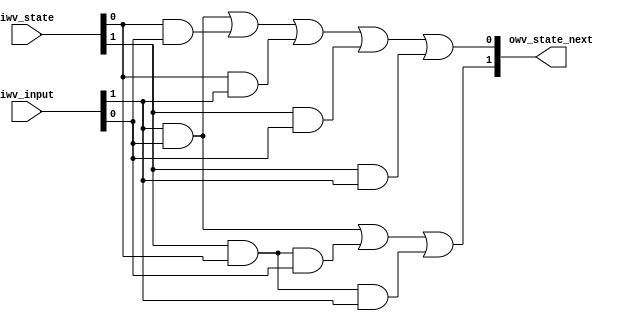
//===================================================
//
// Carry Statuses propagation function.
//
// C - Carry, S - Sum
// Input carry Statuses: 
// C S
// -----------------
// 0 0 - k  Kill
// 0 1 - p  Propagate
// 1 0 - p  Propagate
// 1 1 - g  Generate
//
// Output carry Statuses
// C S
// -----------------
// 0 0 - k  Kill
// 0 1 - p  Propagate
// 1 1 - g  Generate
//
//             | k p g <- Input
//           --|-------
// State -> *k | k k g
//           p | k p g
//           g | k g(g) <- impossible state transition
//
//
//===================================================
module __AddrCarryLookAheadCSPFunction
	(
	input [1:0] iwv_state,
	input [1:0] iwv_input,
	output [1:0] owv_state_next
	);
	
assign owv_state_next[0] =
	(iwv_input[1] & iwv_input[0]) |
	(iwv_state[0] & iwv_input[0]) |
	(iwv_state[0] & iwv_input[1]) |
	(iwv_state[1] & iwv_input[0]) |
	(iwv_state[1] & iwv_input[1]);

assign owv_state_next[1] =
	(iwv_input[1] & iwv_input[0]) |
	(iwv_state[1] & iwv_state[0] & iwv_input[0]) |
	( iwv_state[1] & iwv_state[0] & iwv_input[1]);

endmodule // __AddrCarryLookAheadCSPFunction


//===================================================
//
// Carry Statuses propagation resolver.
// 
// Size  : O(N)
// Depth : O(log(N))
//
//===================================================
module __AddrCarryLookAheadCSResolver
	#(
	parameter p_WIDTH = 2, // MUST BE greater than zero.
	parameter p_BLOCK_SIZE = 1   // MUST BE greater than zero.
	)
	(
	input [p_WIDTH-1:0] iwv_carry,   // The input value of iwv_carry[0] MUST be 1'b0.
	input [p_WIDTH-1:0] iwv_sum,     // The input value of iwv_sum[0] MUST be 1'b0.
	output [p_WIDTH-1:0] owv_out     
	);
	
generate

	genvar i;

	if(p_BLOCK_SIZE >= p_WIDTH) begin
	
		assign owv_out = iwv_carry;
		
	end else begin
	
		wire [p_WIDTH-1:0] wv_next_carry;
		wire [p_WIDTH-1:0] wv_next_sum;
		
		for(i = 0; i < p_WIDTH; i = i + 1) begin : tree_layer
			localparam block_idx = (i / p_BLOCK_SIZE);
			localparam state_idx = block_idx * p_BLOCK_SIZE - 1;
			
			if((block_idx % 2) == 0) begin
			
				assign wv_next_carry[i] = iwv_carry[i];
				assign wv_next_sum[i] = iwv_sum[i];
				
			end else begin
			
				__AddrCarryLookAheadCSPFunction func_0(
					.iwv_state( { iwv_carry[state_idx], iwv_sum[state_idx] } ),
					.iwv_input( { iwv_carry[i], iwv_sum[i] } ),
					.owv_state_next( { wv_next_carry[i], wv_next_sum[i] } )
					);
				
			end
		end
			
		__AddrCarryLookAheadCSResolver #(.p_WIDTH(p_WIDTH), .p_BLOCK_SIZE(p_BLOCK_SIZE * 2)) prefix_tree_0(wv_next_carry, wv_next_sum, owv_out);
		
	end

endgenerate

endmodule // __AddrCarryLookAheadCSResolver



module AddrCarryLookAhead
	#(
	parameter p_WIDTH = 2 // MUST BE greater than zero.
	)
	(
	input [p_WIDTH-1:0] iwv_x,
	input [p_WIDTH-1:0] iwv_y,
	input iw_carry,
	
	output [p_WIDTH:0] owv_carry,
	output [p_WIDTH:0] owv_sum,
	output [p_WIDTH:0] owv_cs,
	
	output [p_WIDTH:0] owv_output
	);
	
localparam SUM_WIDTH = p_WIDTH + 1;
	
wire [SUM_WIDTH-1:0] wv_symbols_carry = {iwv_x & iwv_y, iw_carry};
wire [SUM_WIDTH-1:0] wv_symbols_sum = {1'b0, iwv_x ^ iwv_y};

wire [SUM_WIDTH-1:0] wv_carry_statuses;

__AddrCarryLookAheadCSResolver #(.p_WIDTH(SUM_WIDTH)) resolver(wv_symbols_carry, wv_symbols_sum, wv_carry_statuses);
	
assign owv_output = 1'b0;//wv_symbols_carry[CARRY_STATUSES_WIDTH-1:1] ^ wv_symbols_sum[CARRY_STATUSES_WIDTH-1:1] ^ wv_carry_statuses[CARRY_STATUSES_WIDTH-2:0];

assign owv_carry = wv_symbols_carry;
assign owv_sum = wv_symbols_sum;
assign owv_cs = wv_carry_statuses;

endmodule // AddrCarryLookAhead